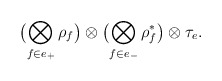
\begin{align*}\bigl(\bigotimes_{f\in e_+}\rho_f\bigr)\otimes \bigl(\bigotimes_{f\in e_-}\rho_f^\ast\bigr)\otimes\tau_e.\end{align*}